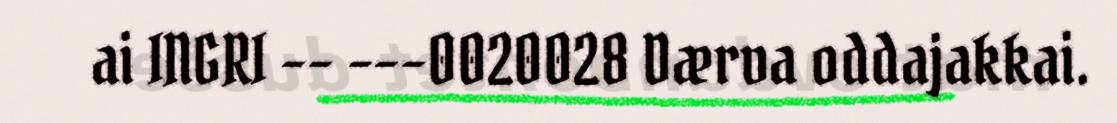
ai INGRI –– –––0020028 Dærva oddajakkai.